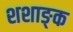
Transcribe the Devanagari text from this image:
शशाङ्क